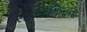
સહભાગિતાના